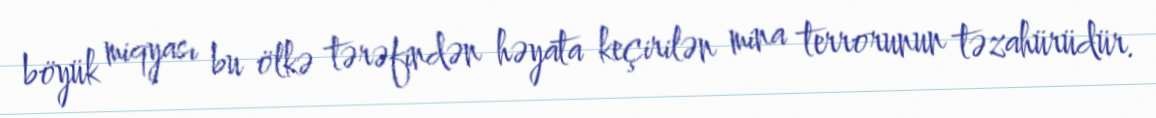
böyük miqyası bu ölkə tərəfindən həyata keçirilən mina terrorunun təzahürüdür.